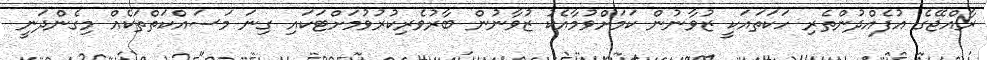
ރާއްޖޭގެ އުފެއްދުންތެރި ހަކަތައަކީ ޒުވާނުން ކަމަށްވުމާއެކު ޒުވާނުން ބާރުވެރިކުރުވުމަށްޓަކައި ގިނަ މަސައްކަތްތަކެއް މިގެންދަނީ